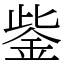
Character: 鈭